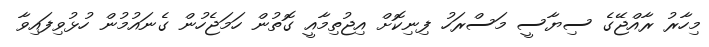
މިހާރު ރާއްޖޭގެ ސިޔާސީ މަސްރަހު ފިނިކޮށް އިޖުތިމާއީ ގޮތުން ހަމަޖެހުން ގެނައުމުން ހުޅުވިފައިވާ